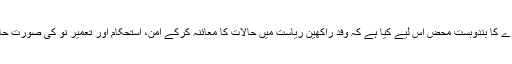
ہم نے اُن کے دورے کا بندوبست محض اس لیے کیا ہے کہ وفد راکھین ریاست میں حالات کا معائنہ کرکے امن، استحکام اور تعمیرِ نو کی صورتِ حال ملاحظہ کرے‘۔